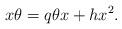
LaTeX: \begin{align*}x\theta = q\theta x+hx^2.\end{align*}